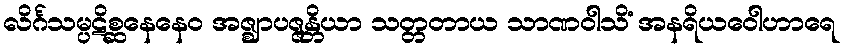
လိင်္ဂသမ္ပဋိစ္ဆနေနေဝ အဇ္ဈာပဇ္ဇန္တိယာ သတ္တတာယ သာဏဝါသိံ အနရိယဝေါဟာရေ